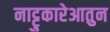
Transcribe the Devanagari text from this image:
नाट्टुकारेआतुन